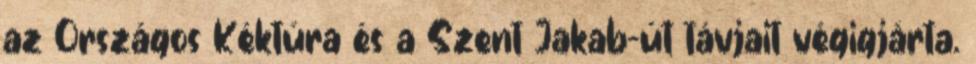
az Országos Kéktúra és a Szent Jakab-út távjait végigjárta.